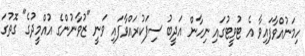
ހިމަނުއްވާފައިވާ އެ ޓުވީޓުގައި ނިހާން އަދީބު ސިފަކުރައްވާފައި ވަނީ "ޒުވާނުންގެ އުއްމީދުގެ" ގޮތުގަ